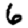
Digit: 6